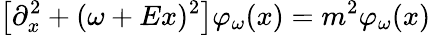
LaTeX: \left[\partial_{x}^{2}+(\omega+Ex)^{2}\right]\varphi_{\omega}(x)=m^{2}\varphi_{\omega}(x)